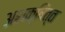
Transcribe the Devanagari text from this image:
अशक्षित्त